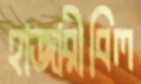
হাজারীবিল